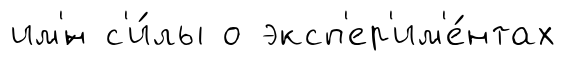
им'́н с'и́лы о эксп'ер'им'е́нтах